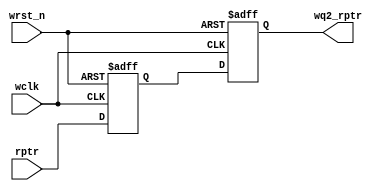
`timescale 1ns / 1ps
//////////////////////////////////////////////////////////////////////////////////
// Company: 
// Engineer: 
// 
// Design Name: 
// Module Name:    sync_r2w 
// Project Name: 
// Target Devices: 
// Tool versions: 
// Description: 
//
// Dependencies: 
//
// Revision: 
// Revision 0.01 - File Created
// Additional Comments: 
//
//////////////////////////////////////////////////////////////////////////////////
module sync_r2w 
	#(
		parameter ADDRSIZE = 4
	)
	(
		output reg [ADDRSIZE:0] wq2_rptr,
		input [ADDRSIZE:0] rptr,
		input wclk, wrst_n
	);
	
	reg [ADDRSIZE:0] wq1_rptr;
	
	always @(posedge wclk or negedge wrst_n)
		if (!wrst_n) {wq2_rptr,wq1_rptr} <= 0;
		else {wq2_rptr,wq1_rptr} <= {wq1_rptr,rptr};

endmodule